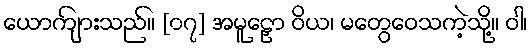
ယောကျ်ားသည်။ [၀၇] အမူဠှော ဝိယ၊ မတွေဝေသကဲ့သို့။ ဝါ၊